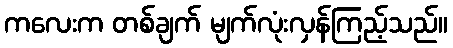
ကလေးက တစ်ချက် မျက်လုံးလှန်ကြည့်သည်။